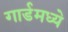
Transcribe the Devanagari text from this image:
गार्डमध्ये